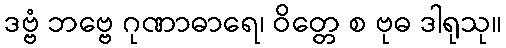
ဒဗ္ဗံ ဘဗ္ဗေ ဂုဏာဓာရေ၊ ဝိတ္တေ စ ဗုဓ ဒါရုသု။